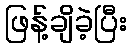
ဖြန့်ချိခဲ့ပြီး